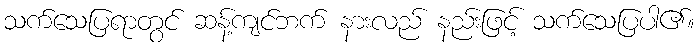
သက်သေပြရာတွင် ဆန့်ကျင်ဘက် နားလည် နည်းဖြင့် သက်သေပြပါ၏။